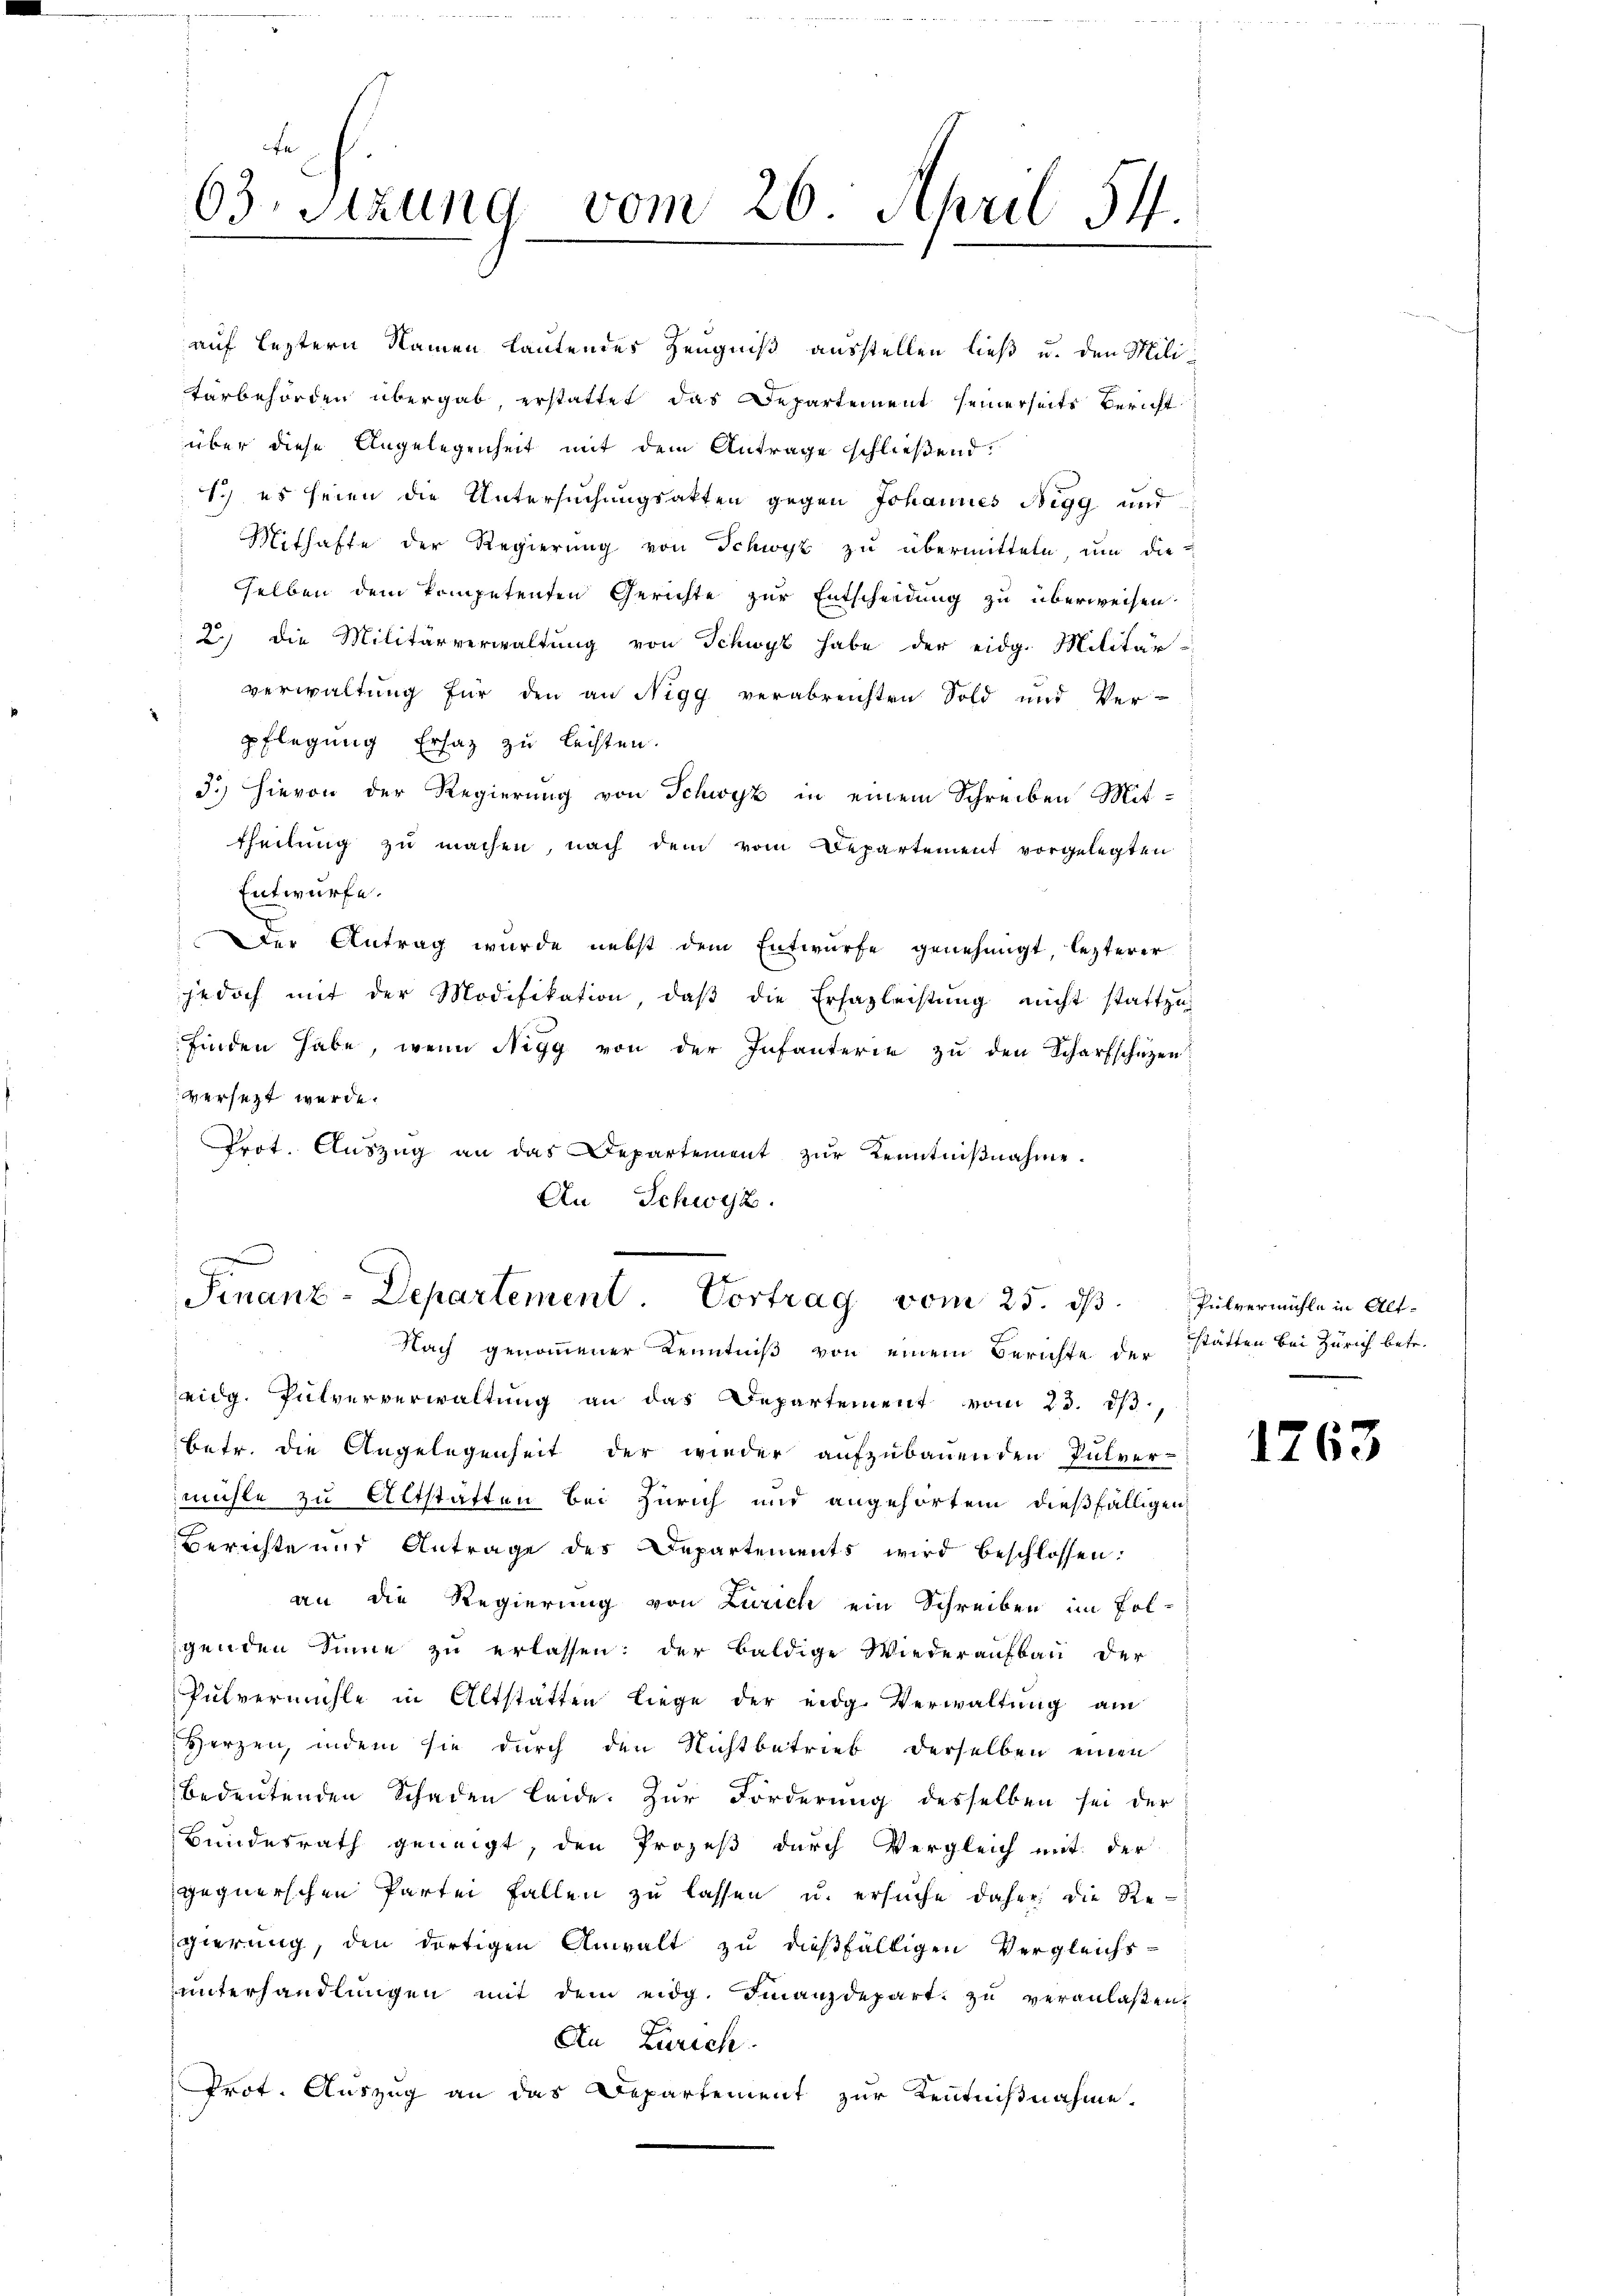
theilŭng zŭ machen, nach dem vom Departement vorgelegten
Entwurfe.
Der Antrag wurde nebst dem Entwurfe genehmigt, lezterer
jedoch mit der Modifikation, daβ die Ersazleistung nicht stattzu
finden habe, wenn Nigg von der Infanterie zu den Scharfschützen
versetzt werde.
Prot. Aŭszŭg an das Departement zŭr Kenntniβnahme.
An Schwyz.

63. Sitzung vom 26. April 54

auf leztern Namen lautendes Zeugniß ausstellen ließ u. den Militorbehörden übergab erstattet das Departement seinerseits Bericht
über diese Angelegenheit mit dem Antrage schließend:
Sch es seien die Untersuchungsakten gegen Johannes Negg und
Mithafte der Regierung von Schwyz zu übermitteln, um die
selben dem kompetenten Gerichte zur Entscheidung zu überweisen.
2) die Militärverwaltung von Schwyz habe der eidg. Militär-
verwaltung für den an Nigg verabreichten Sold und Ver-
pflegung Ersatz zu leisten.
3.) Hievon der Regierung von Schwyz in einem Schreiben Mit-

Finanz-Departement. Vortrag vom 25. ds Pulvermühle in Alt¬
Nach genommener Kenntniß von einem Berichte der statten bei Zürich betr.

eidg. Pulververwaltung an das Departement vom 23. dß,
betr. die Angelegenheit der wieder aufzubauenden Pulver-
mühle zu Altstatten bei Zürich und angehörtem dießfälligen,
Berichte und Antrage des Departements wird beschlossen:
an die Regierung von Zürich ein Schreiben im Fol-
genden Sinne zu erlassen: der baldige Wiederaufbau der
Pulvermühle in Altstätten liege der eidg. Verwaltung am
Herzen, indem sie durch den Nichtbetrieb derselben einen
A
bedeutenden Schaden leide. Zur Forderung desselben sei der
Bundesrath geneigt, den Prozeß durch Vergleich mit der
gegnerschen Partei Fallen zu lassen u. ersuche daher die Re-
gierung, den dortigen Anwalt zu dießfälligen Vergleichs-
unterhandlungen mit dem eidg. Finanzdepart zu veranlaßen,
An Zürich.
Prot. Auszug an das Departement zur Kenntnißnahme.

1763